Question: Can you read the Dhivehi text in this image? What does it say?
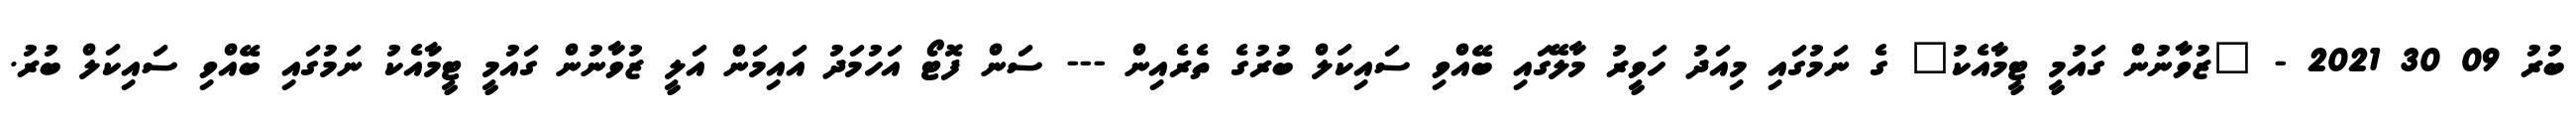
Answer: ބުރު 09 30 2021 - "ޒުވާނުން ގައުމީ ޓީމާއެކު" ގެ ނަމުގައި މިއަދު ހަވީރު މާލޭގައި ބޭއްވި ސައިކަލް ބުރުގެ ތެރެއިން --- ސަން ފޮޓޯ އަހުމަދު އައިމަން އަލީ ޒުވާނުން ގައުމީ ޓީމާއެކު ނަމުގައި ބޭއްވި ސައިކަލް ބުރު.